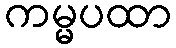
ကမ္မပထာ